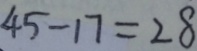
4 5 - 1 7 = 2 8